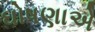
ઘોષણાએ